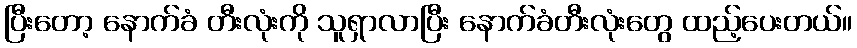
ပြီးတော့ နောက်ခံ တီးလုံးကို သူရှာလာပြီး နောက်ခံတီးလုံးတွေ ထည့်ပေးတယ်။